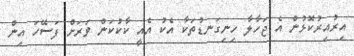
އިރުއިރުކޮޅުން އެ ޖަހާލާ ހިނިގަނޑުތަކާ އެކު އެއީ ކާކުކަން ވަރަށް ފަސޭހަ އިން